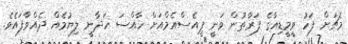
މެޗަށް ފަހު ވީމީޑިއާގެ ފަރާތުން ވަނީ ޕީއެސްއެމްއަށް ހާއްސަ ހަދާނީ ލިޔުމެއް ދެއްވާފައެވެ.